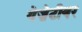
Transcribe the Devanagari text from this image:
गेज़ेटीयर